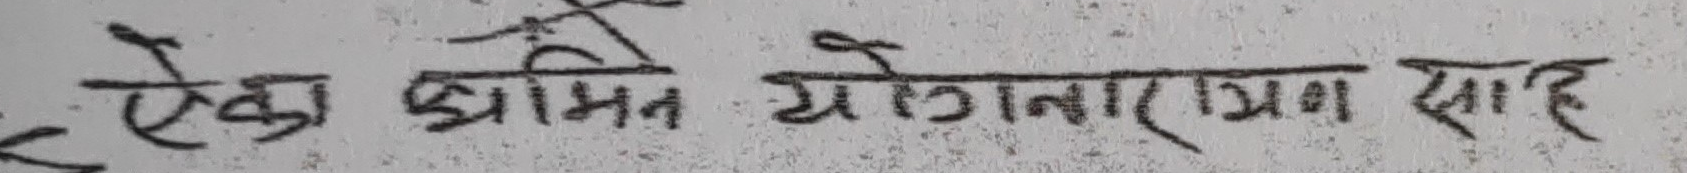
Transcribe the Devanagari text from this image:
एका श्रमित योगनारायण शाह